Leaving Certificate Examination (including Day School Certificate (Higher) General paper), 1939
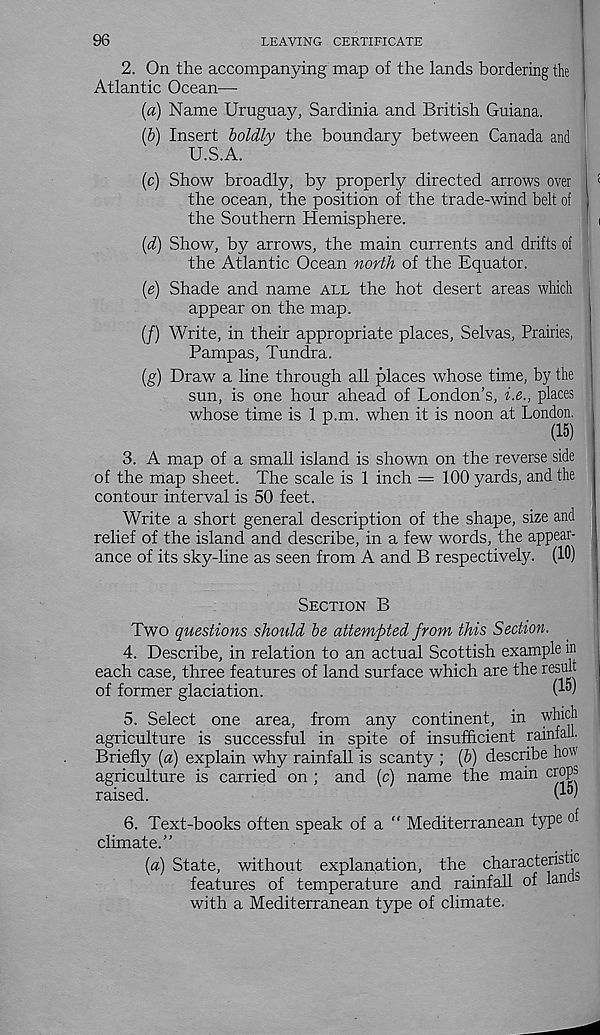
96
LEAVING CERTIFICATE
2. On the accompanying map of the lands bordering the
Atlantic Ocean—-
(a) Name Uruguay, Sardinia and British Guiana.
(b) Insert boldly the boundary between Canada and
U.S.A.
(c) Show broadly, by properly directed arrows over
<
the ocean, the position of the trade-wind belt of
the Southern Hemisphere.
i
(d) Show, by arrows, the main currents and drifts of
the Atlantic Ocean north of the Equator.
(e) Shade and name all the hot desert areas which
appear on the map.
(/) Write, in their appropriate places, Selvas, Prairies,
Pampas, Tundra.
(g) Draw a line through all places whose time, by the
sun, is one hour ahead of London’s, i.e., places
whose time is 1 p.m. when it is noon at London, i
(15)
3. A map of a small island is shown on the reverse side
of the map sheet. The scale is 1 inch = 100 yards, and the
contour interval is 50 feet.
Write a short general description of the shape, size and
relief of the island and describe, in a few words, the appear-
ance of its sky-line as seen from A and B respectively. (10)
Section B
Two questions should be attempted from this Section.
4. Describe, in relation to an actual Scottish example in
each case, three features of land surface which are the result
of former glaciation.
(■’•w
5. Select one area, from any continent, in which
agriculture is successful in spite of insufficient rainfall.
Briefly {a) explain why rainfall is scanty ; {b) describe how
agriculture is carried on ; and (c) name the main crops
raised.
6. Text-books often speak of a " Mediterranean type of
climate.”
[a) State, without explanation, the characteristic
features of temperature and rainfall of lands
with a Mediterranean type of climate.